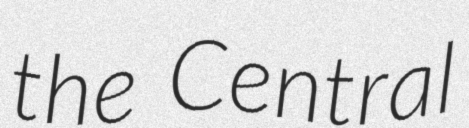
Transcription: the Central